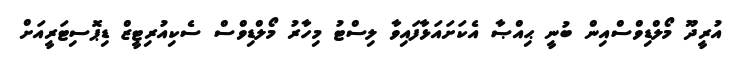
އުރީދޫ މޯލްޑިވްސްއިން ބުނީ ޙިއްޞާ އެކަށައަޅާފައިވާ ލިސްޓު މިހާރު މޯލްޑިވްސް ސެކިއުރިޓީޒް ޑިޕޮސިޓަރީއަށް